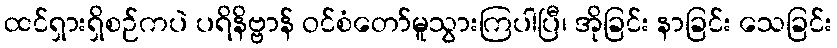
ထင်ရှားရှိစဉ်ကပဲ ပရိနိဗ္ဗာန် ဝင်စံတော်မူသွားကြပါပြီ၊ အိုခြင်း နာခြင်း သေခြင်း